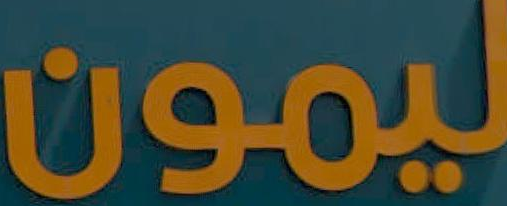
ليمون